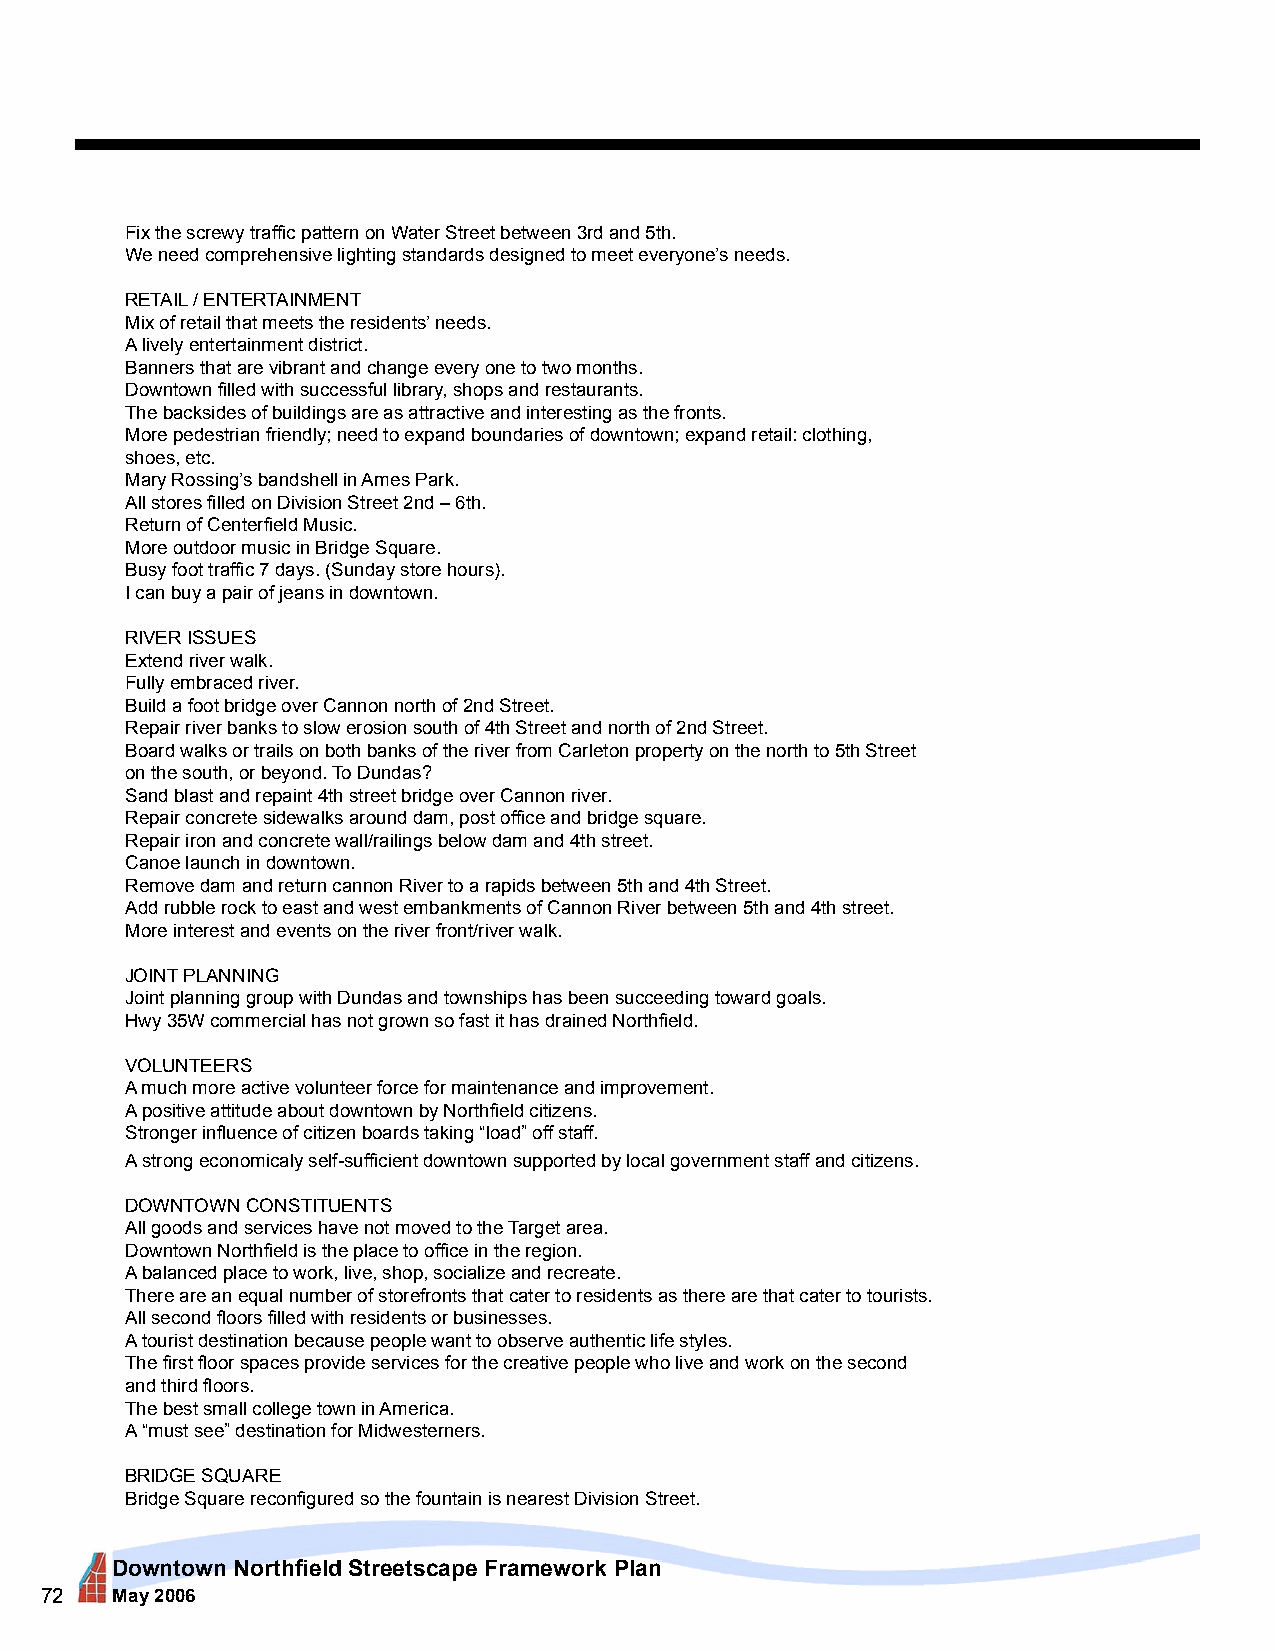
Fix the screwy traffic pattern on Water Street between 3rd and 5th.
 We need comprehensive lighting standards designed to meet everyone’s needs.
 RETAIL / ENTERTAINMENT
 Mix of retail that meets the residents’ needs.
 A lively entertainment district.
 Banners that are vibrant and change every one to two months.
 Downtown filled with successful library, shops and restaurants.
 The backsides of buildings are as attractive and interesting as the fronts.
 More pedestrian friendly; need to expand boundaries of downtown; expand retail: clothing,
 shoes, etc.
 Mary Rossing’s bandshell in Ames Park.
 All stores filled on Division Street 2nd – 6th.
 Return of Centerfield Music.
 More outdoor music in Bridge Square.
 Busy foot traffic 7 days. (Sunday store hours).
 I can buy a pair of jeans in downtown.
 RIVER ISSUES
 Extend river walk.
 Fully embraced river.
 Build a foot bridge over Cannon north of 2nd Street.
 Repair river banks to slow erosion south of 4th Street and north of 2nd Street.
 Board walks or trails on both banks of the river from Carleton property on the north to 5th Street
 on the south, or beyond. To Dundas?
 Sand blast and repaint 4th street bridge over Cannon river.
 Repair concrete sidewalks around dam, post office and bridge square.
 Repair iron and concrete wall/railings below dam and 4th street.
 Canoe launch in downtown.
 Remove dam and return cannon River to a rapids between 5th and 4th Street.
 Add rubble rock to east and west embankments of Cannon River between 5th and 4th street.
 More interest and events on the river front/river walk.
 JOINT PLANNING
 Joint planning group with Dundas and townships has been succeeding toward goals.
 Hwy 35W commercial has not grown so fast it has drained Northfield.
 VOLUNTEERS
 A much more active volunteer force for maintenance and improvement.
 A positive attitude about downtown by Northfield citizens.
 Stronger influence of citizen boards taking “load” off staff.
 A strong economicaly self-sufficient downtown supported by local government staff and citizens.
 DOWNTOWN CONSTITUENTS
 All goods and services have not moved to the Target area.
 Downtown Northfield is the place to office in the region.
 A balanced place to work, live, shop, socialize and recreate.
 There are an equal number of storefronts that cater to residents as there are that cater to tourists.
 All second floors filled with residents or businesses.
 A tourist destination because people want to observe authentic life styles.
 The first floor spaces provide services for the creative people who live and work on the second
 and third floors.
 The best small college town in America.
 A “must see” destination for Midwesterners.
 BRIDGE SQUARE
 Bridge Square reconfigured so the fountain is nearest Division Street.
 Downtown Northfield Streetscape Framework Plan
 72  May 2006